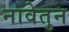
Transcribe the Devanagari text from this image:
नावेतुन